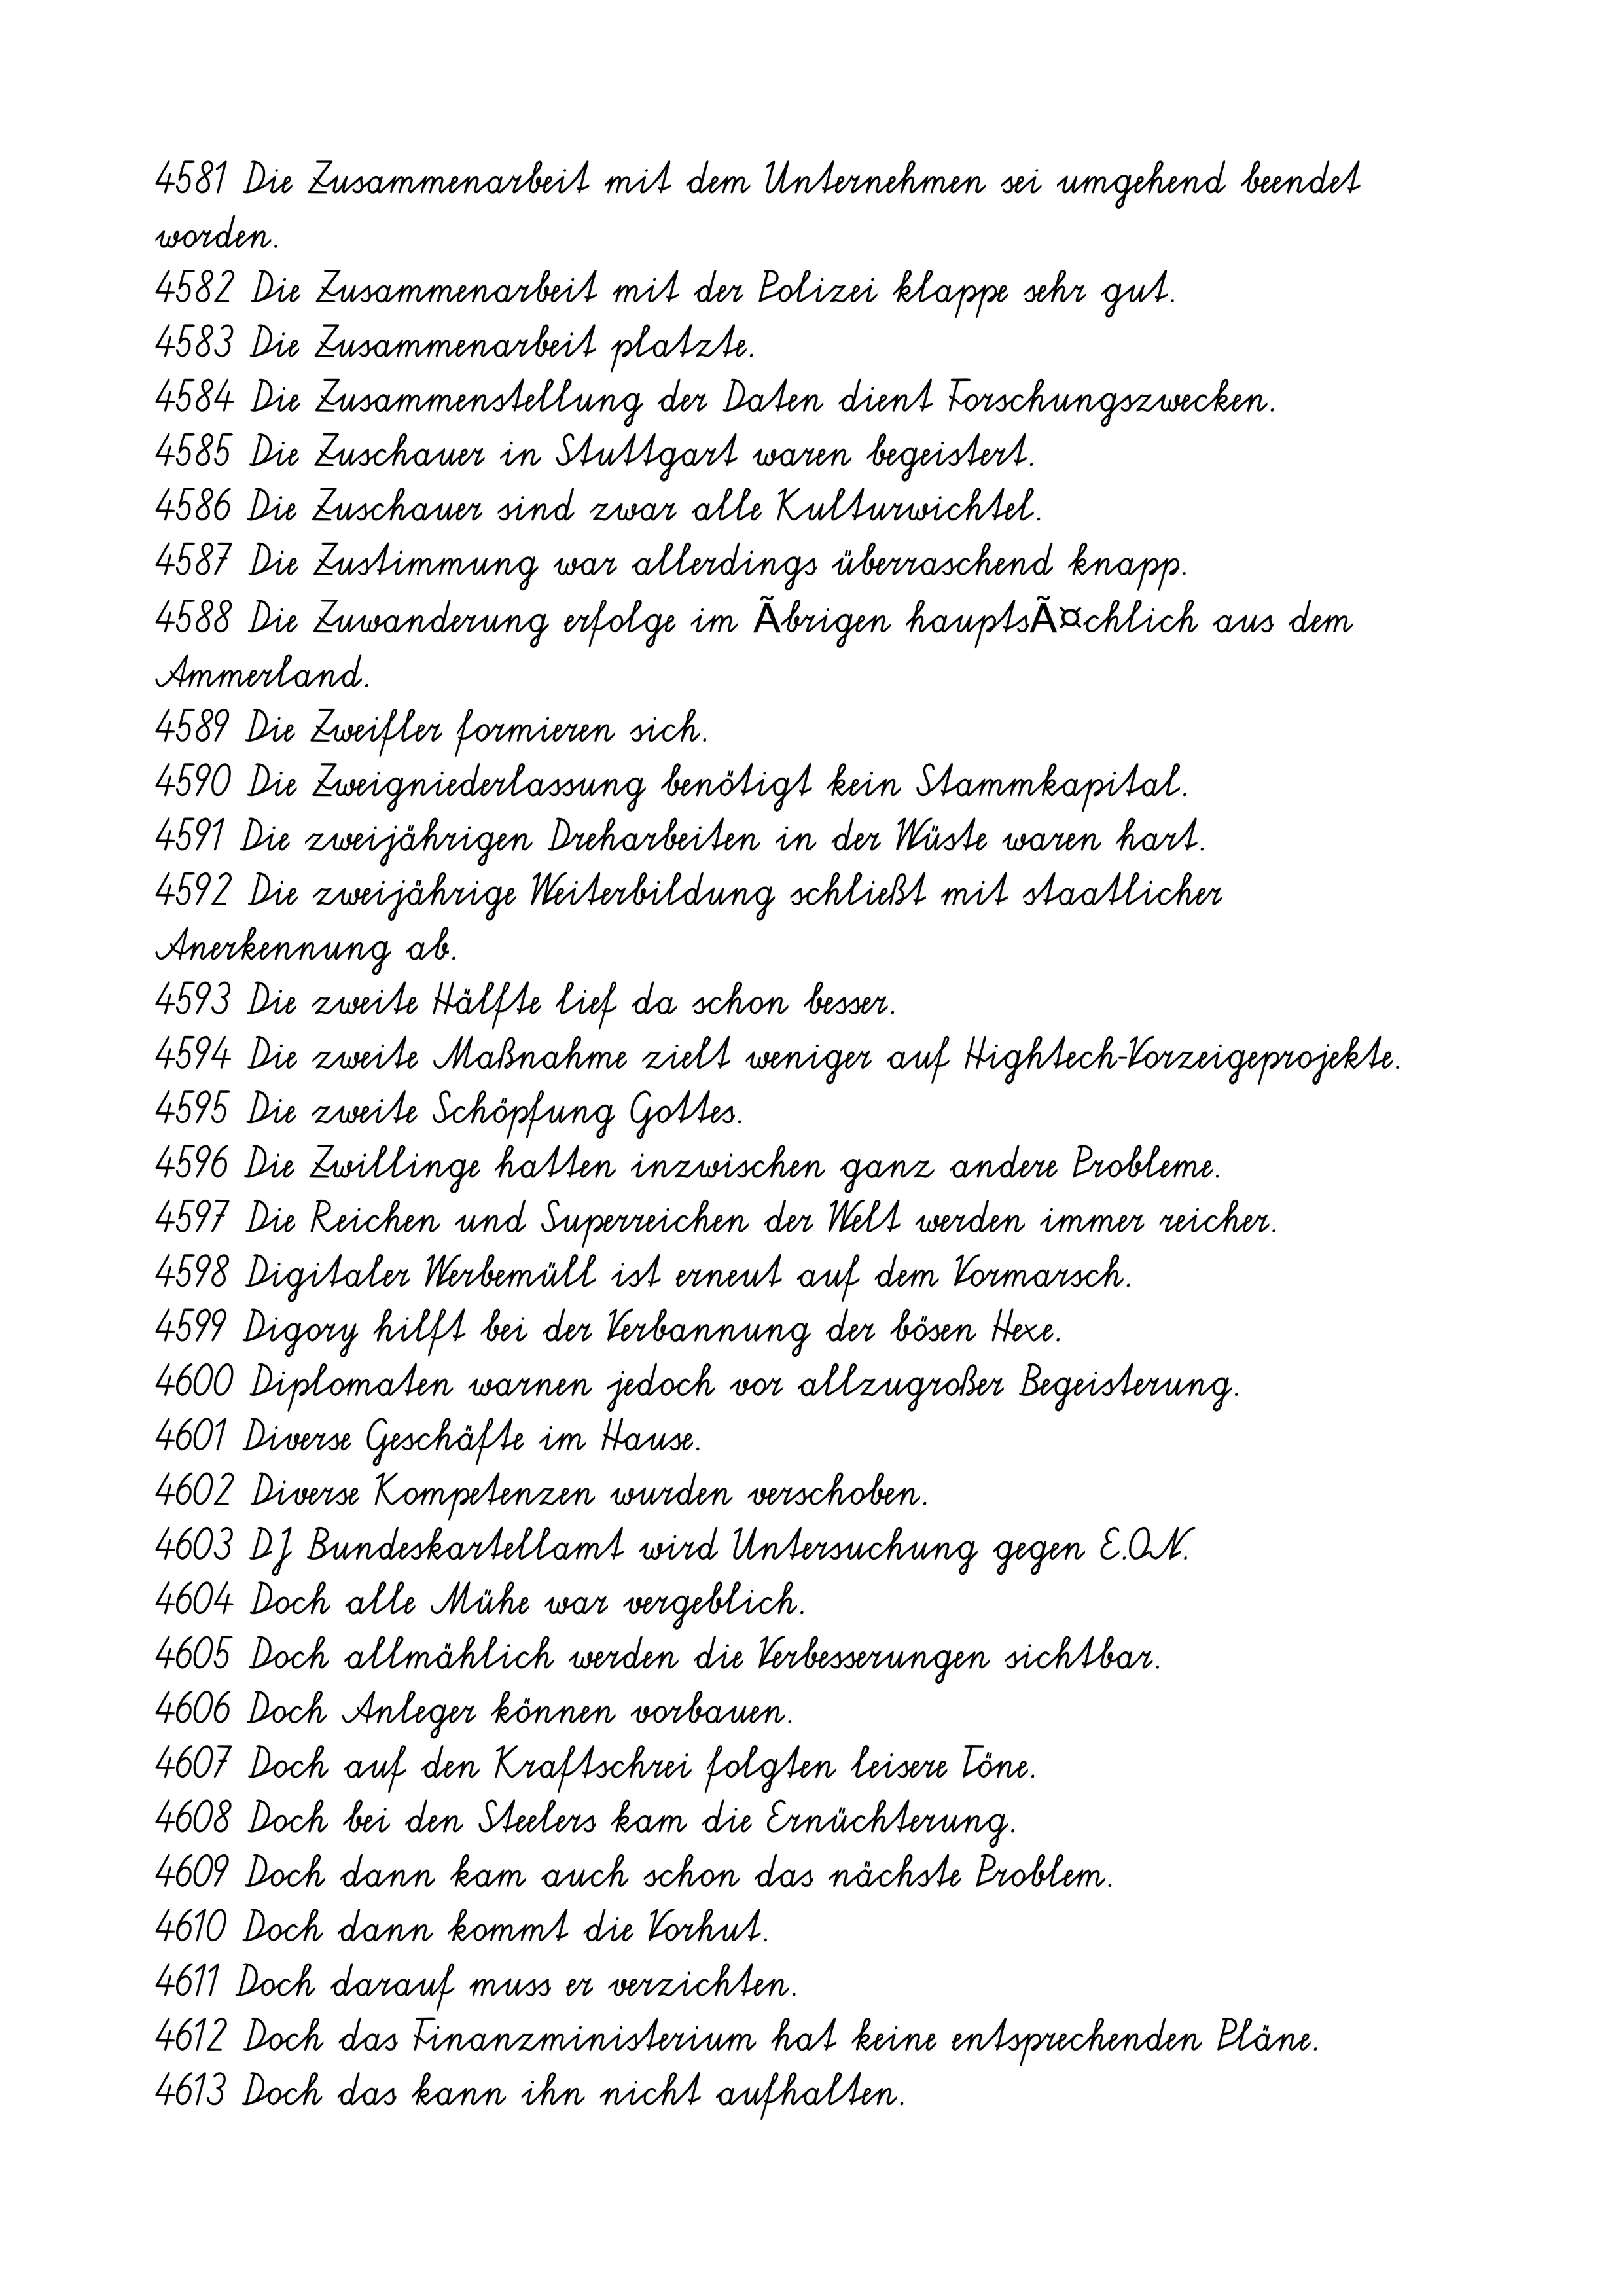
4581 Die Zusammenarbeit mit dem Unternehmen sei umgehend beendet
worden.
4582 Die Zusammenarbeit mit der Polizei klappe sehr gut.
4583 Die Zusammenarbeit platzte.
4584 Die Zusammenstellung der Daten dient Forschungszwecken.
4585 Die Zuschauer in Stuttgart waren begeistert.
4586 Die Zuschauer sind zwar alle Kulturwichtel.
4587 Die Zustimmung war allerdings überraschend knapp.
4588 Die Zuwanderung erfolge im Ãbrigen hauptsÃ¤chlich aus dem
Ammerland.
4589 Die Zweifler formieren sich.
4590 Die Zweigniederlassung benötigt kein Stammkapital.
4591 Die zweijährigen Dreharbeiten in der Wüste waren hart.
4592 Die zweijährige Weiterbildung schließt mit staatlicher
Anerkennung ab.
4593 Die zweite Hälfte lief da schon besser.
4594 Die zweite Maßnahme zielt weniger auf Hightech-Vorzeigeprojekte.
4595 Die zweite Schöpfung Gottes.
4596 Die Zwillinge hatten inzwischen ganz andere Probleme.
4597 Die Reichen und Superreichen der Welt werden immer reicher.
4598 Digitaler Werbemüll ist erneut auf dem Vormarsch.
4599 Digory hilft bei der Verbannung der bösen Hexe.
4600 Diplomaten warnen jedoch vor allzugroßer Begeisterung.
4601 Diverse Geschäfte im Hause.
4602 Diverse Kompetenzen wurden verschoben.
4603 DJ Bundeskartellamt wird Untersuchung gegen E.ON.
4604 Doch alle Mühe war vergeblich.
4605 Doch allmählich werden die Verbesserungen sichtbar.
4606 Doch Anleger können vorbauen.
4607 Doch auf den Kraftschrei folgten leisere Töne.
4608 Doch bei den Steelers kam die Ernüchterung.
4609 Doch dann kam auch schon das nächste Problem.
4610 Doch dann kommt die Vorhut.
4611 Doch darauf muss er verzichten.
4612 Doch das Finanzministerium hat keine entsprechenden Pläne.
4613 Doch das kann ihn nicht aufhalten.